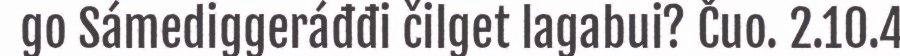
go Sámediggeráđđi čilget lagabui? Čuo. 2.10.4